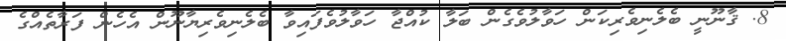
8. ޤާނޫނީ ބެލެނިވެރިކަން ހަވާލުވެގެން ބަލާ ކުއްޖާ ހަވާލުވެފައިވާ ބެލެނިވެރިޔާނޫން އެހެން ފަރާތެއްގެ